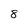
Character: 8